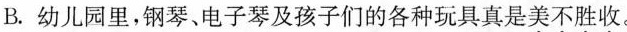
B.幼儿园里，钢琴、电子琴及孩子们的各种玩具真是美不胜收。